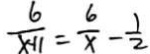
\frac { 6 } { x + 1 } = \frac { 6 } { x } - \frac { 1 } { 2 }